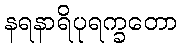
နရနာရိပုရက္ခတော